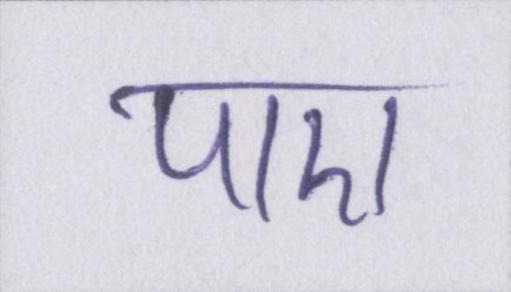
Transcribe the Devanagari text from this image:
पाए